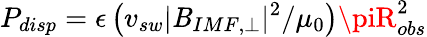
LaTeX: P_{disp}=\epsilon\left(v_{sw}|\mathit{B}_{IMF,\perp}|^{2}/\mu_{0}\right)\piR_{obs}^{2}